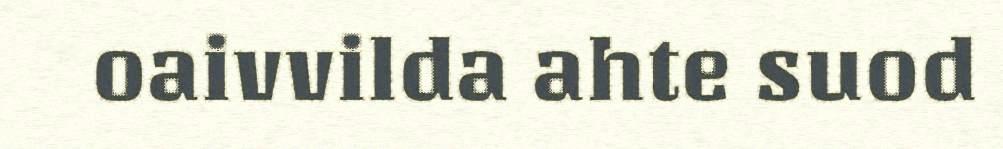
oaivvilda ahte suod